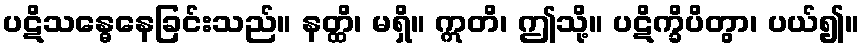
ပဋိသန္ဓေနေခြင်းသည်။ နတ္ထိ၊ မရှိ။ ဣတိ၊ ဤသို့။ ပဋိက္ခိပိတွာ၊ ပယ်၍။